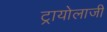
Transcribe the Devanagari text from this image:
ट्रायोलाजी